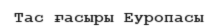
Тас ғасыры Еуропасы